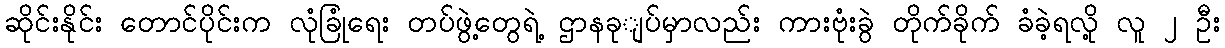
ဆိုင်းနိုင်း တောင်ပိုင်းက လုံခြုံရေး တပ်ဖွဲ့တွေရဲ့ ဌာနခုျပ်မှာလည်း ကားဗုံးခွဲ တိုက်ခိုက် ခံခဲ့ရလို့ လူ ၂ ဦး